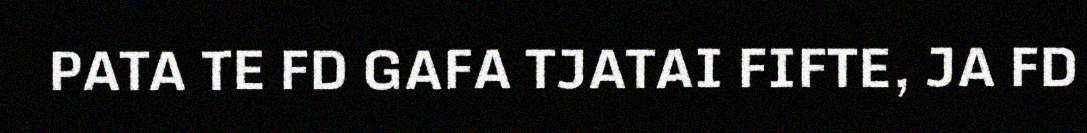
PATA TE FD GAFA TJATAI FIFTE, JA FD